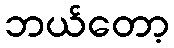
ဘယ်တော့